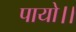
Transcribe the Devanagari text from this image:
पायो।।